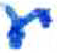
אות: ע